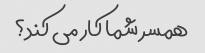
همسر شما کار می کند؟